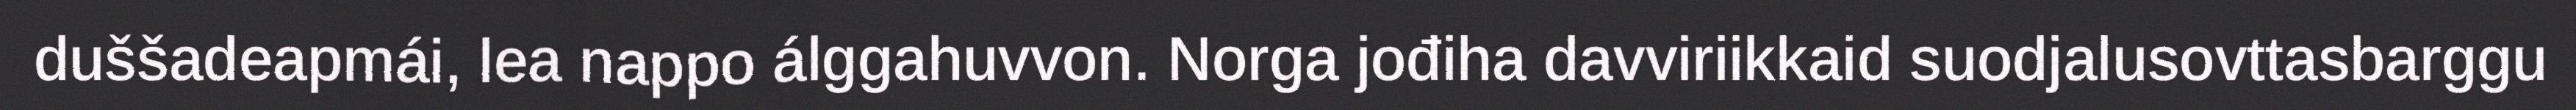
duššadeapmái, lea nappo álggahuvvon. Norga jođiha davviriikkaid suodjalusovttasbarggu